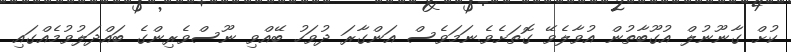
ކުށް ގާނޫނުލް އުގޫބާތުން އުވާލެވޭ ގޮތަށެވެ.ނަމަވެސް އަންގާރަ ދުވަހު ބޭއްވި ނޫސްވެރިންގެ ބައްދަލުވުމެއްގައި